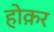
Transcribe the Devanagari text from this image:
होक़र